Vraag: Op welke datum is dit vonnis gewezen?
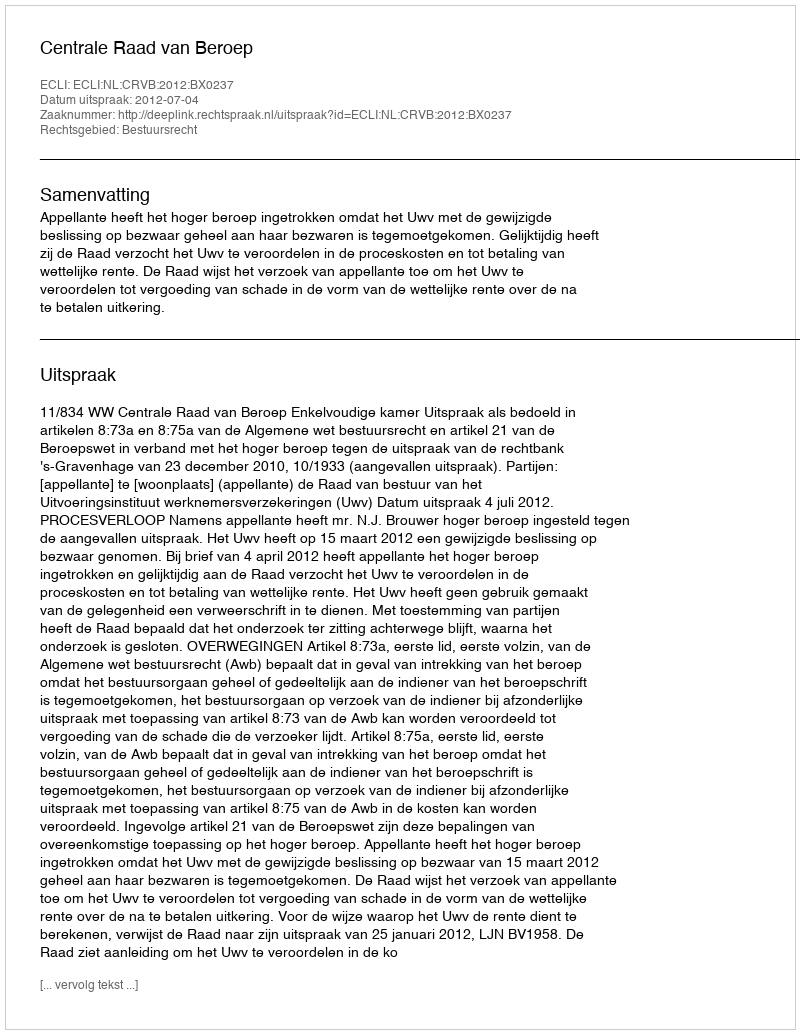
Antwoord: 2012-07-04